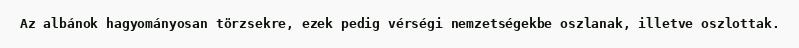
Az albánok hagyományosan törzsekre, ezek pedig vérségi nemzetségekbe oszlanak, illetve oszlottak.